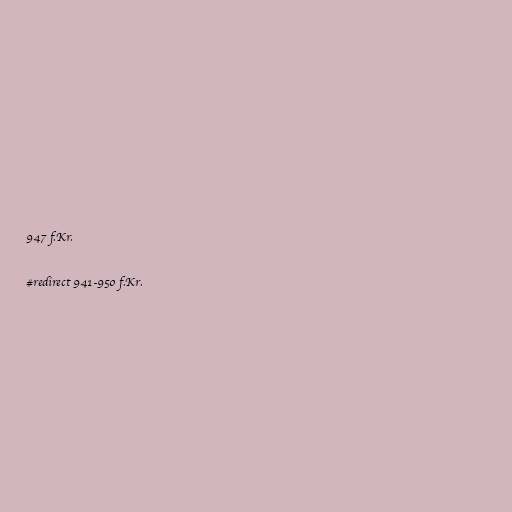
947 f.Kr.

#redirect 941-950 f.Kr.